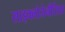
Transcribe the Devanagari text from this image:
साइक्लोजेनीसिस